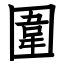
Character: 圍